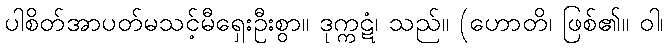
ပါစိတ်အာပတ်မသင့်မီရှေးဦးစွာ။ ဒုက္ကဋံ၊ သည်။ (ဟောတိ၊ ဖြစ်၏။ ဝါ၊